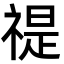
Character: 禔